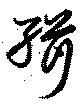
緝